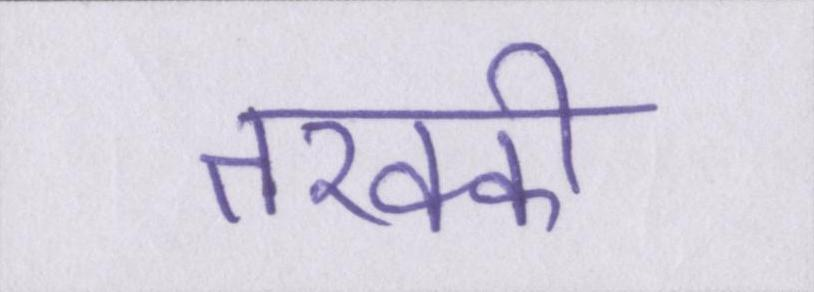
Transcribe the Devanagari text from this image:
तरक्की